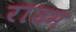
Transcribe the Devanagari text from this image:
राउम